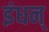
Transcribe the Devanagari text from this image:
इंधन्